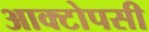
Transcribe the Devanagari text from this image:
आक्टोपसी